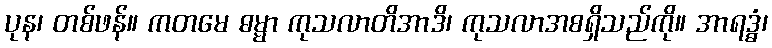
ပုန၊ တစ်ဖန်။ ကတမေ ဓမ္မာ ကုသလာတိအာဒိ၊ ကုသလာအစရှိသည်ကို။ အာရဒ္ဓံ၊